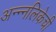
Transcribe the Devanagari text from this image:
अन्न्नलिकेची